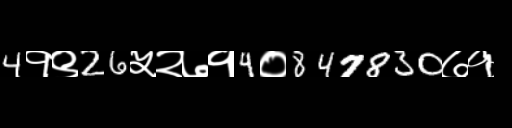
Text: 4१९26५२७१4०847830७१